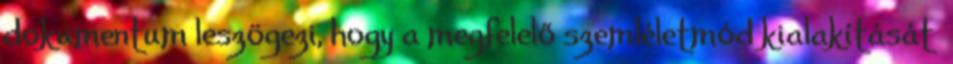
dokumentum leszögezi, hogy a megfelelő szemléletmód kialakítását